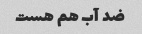
ضد آب هم هست